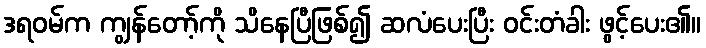
ဒရဝမ်က ကျွန်တော့်ကို သိနေပြီဖြစ်၍ ဆလံပေးပြီး ဝင်းတံခါး ဖွင့်ပေး၏။